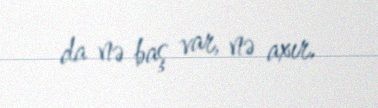
da nə baş var, nə axır.